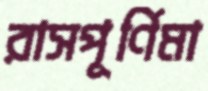
রাসপূর্ণিমা